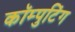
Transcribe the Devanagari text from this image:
कॉम्पुटिंग